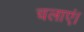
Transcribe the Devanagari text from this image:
चलाएं।